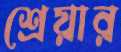
শ্রেয়ার